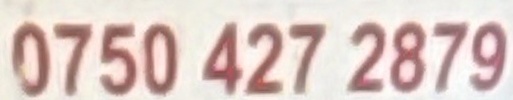
0750 427 2879